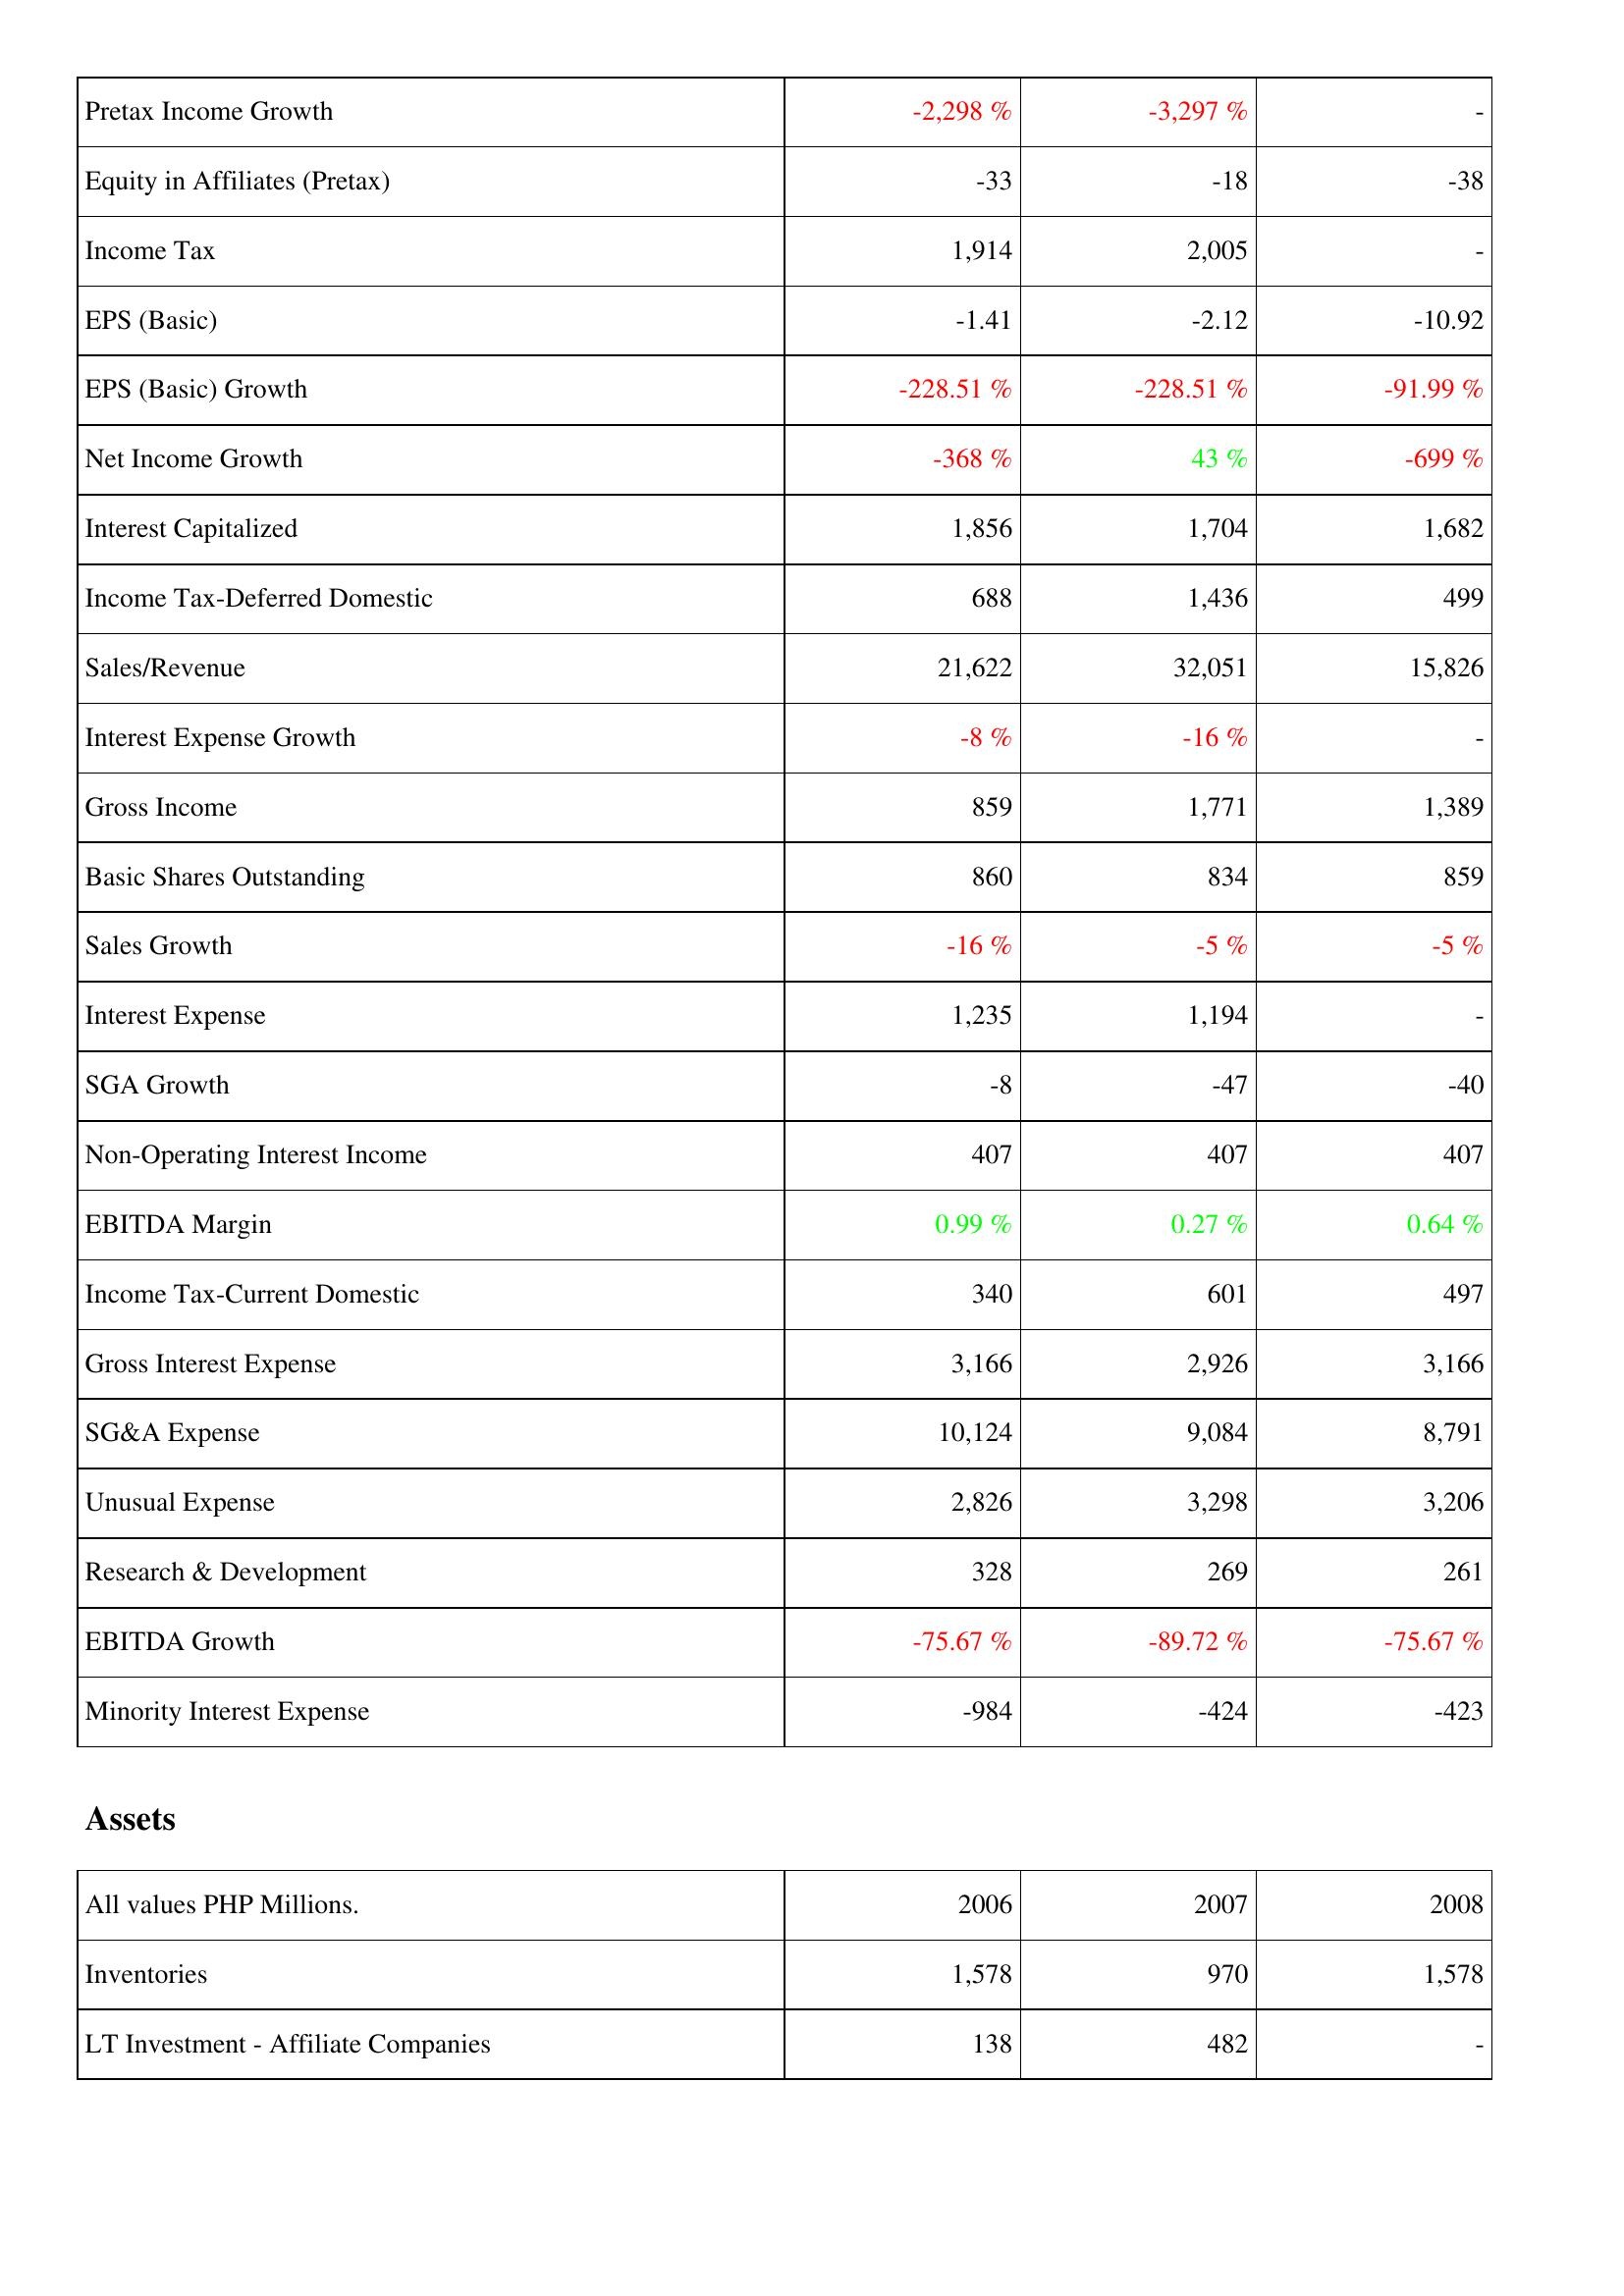
2006: Income Statement: Pretax Income Growth: -2,298 %
Equity in Affiliates (Pretax): -33
Income Tax: 1,914
EPS (Basic): -1.41
EPS (Basic) Growth: -228.51 %
Net Income Growth: -368 %
Interest Capitalized: 1,856
Income Tax-Deferred Domestic: 688
Sales/Revenue: 21,622
Interest Expense Growth: -8 %
Gross Income: 859
Basic Shares Outstanding: 860
Sales Growth: -16 %
Interest Expense: 1,235
SGA Growth: -8
Non-Operating Interest Income: 407
EBITDA Margin: 0.99 %
Income Tax-Current Domestic: 340
Gross Interest Expense: 3,166
SG&A Expense: 10,124
Unusual Expense: 2,826
Research & Development: 328
EBITDA Growth: -75.67 %
Minority Interest Expense: -984
Assets: Inventories: 1,578
LT Investment - Affiliate Companies: 138
2007: Income Statement: Pretax Income Growth: -3,297 %
Equity in Affiliates (Pretax): -18
Income Tax: 2,005
EPS (Basic): -2.12
EPS (Basic) Growth: -228.51 %
Net Income Growth: 43 %
Interest Capitalized: 1,704
Income Tax-Deferred Domestic: 1,436
Sales/Revenue: 32,051
Interest Expense Growth: -16 %
Gross Income: 1,771
Basic Shares Outstanding: 834
Sales Growth: -5 %
Interest Expense: 1,194
SGA Growth: -47
Non-Operating Interest Income: 407
EBITDA Margin: 0.27 %
Income Tax-Current Domestic: 601
Gross Interest Expense: 2,926
SG&A Expense: 9,084
Unusual Expense: 3,298
Research & Development: 269
EBITDA Growth: -89.72 %
Minority Interest Expense: -424
Assets: Inventories: 970
LT Investment - Affiliate Companies: 482
2008: Income Statement: Pretax Income Growth: -
Equity in Affiliates (Pretax): -38
Income Tax: -
EPS (Basic): -10.92
EPS (Basic) Growth: -91.99 %
Net Income Growth: -699 %
Interest Capitalized: 1,682
Income Tax-Deferred Domestic: 499
Sales/Revenue: 15,826
Interest Expense Growth: -
Gross Income: 1,389
Basic Shares Outstanding: 859
Sales Growth: -5 %
Interest Expense: -
SGA Growth: -40
Non-Operating Interest Income: 407
EBITDA Margin: 0.64 %
Income Tax-Current Domestic: 497
Gross Interest Expense: 3,166
SG&A Expense: 8,791
Unusual Expense: 3,206
Research & Development: 261
EBITDA Growth: -75.67 %
Minority Interest Expense: -423
Assets: Inventories: 1,578
LT Investment - Affiliate Companies: -